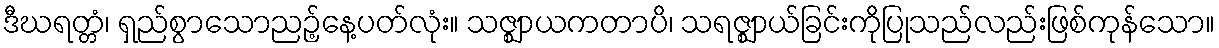
ဒီဃရတ္တံ၊ ရှည်စွာသောညဉ့်နေ့ပတ်လုံး။ သဇ္ဈာယကတာပိ၊ သရဇ္ဈာယ်ခြင်းကိုပြုသည်လည်းဖြစ်ကုန်သော။